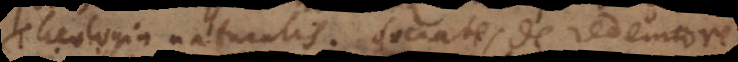
Theologia naturalis. Socrates de redemtore.